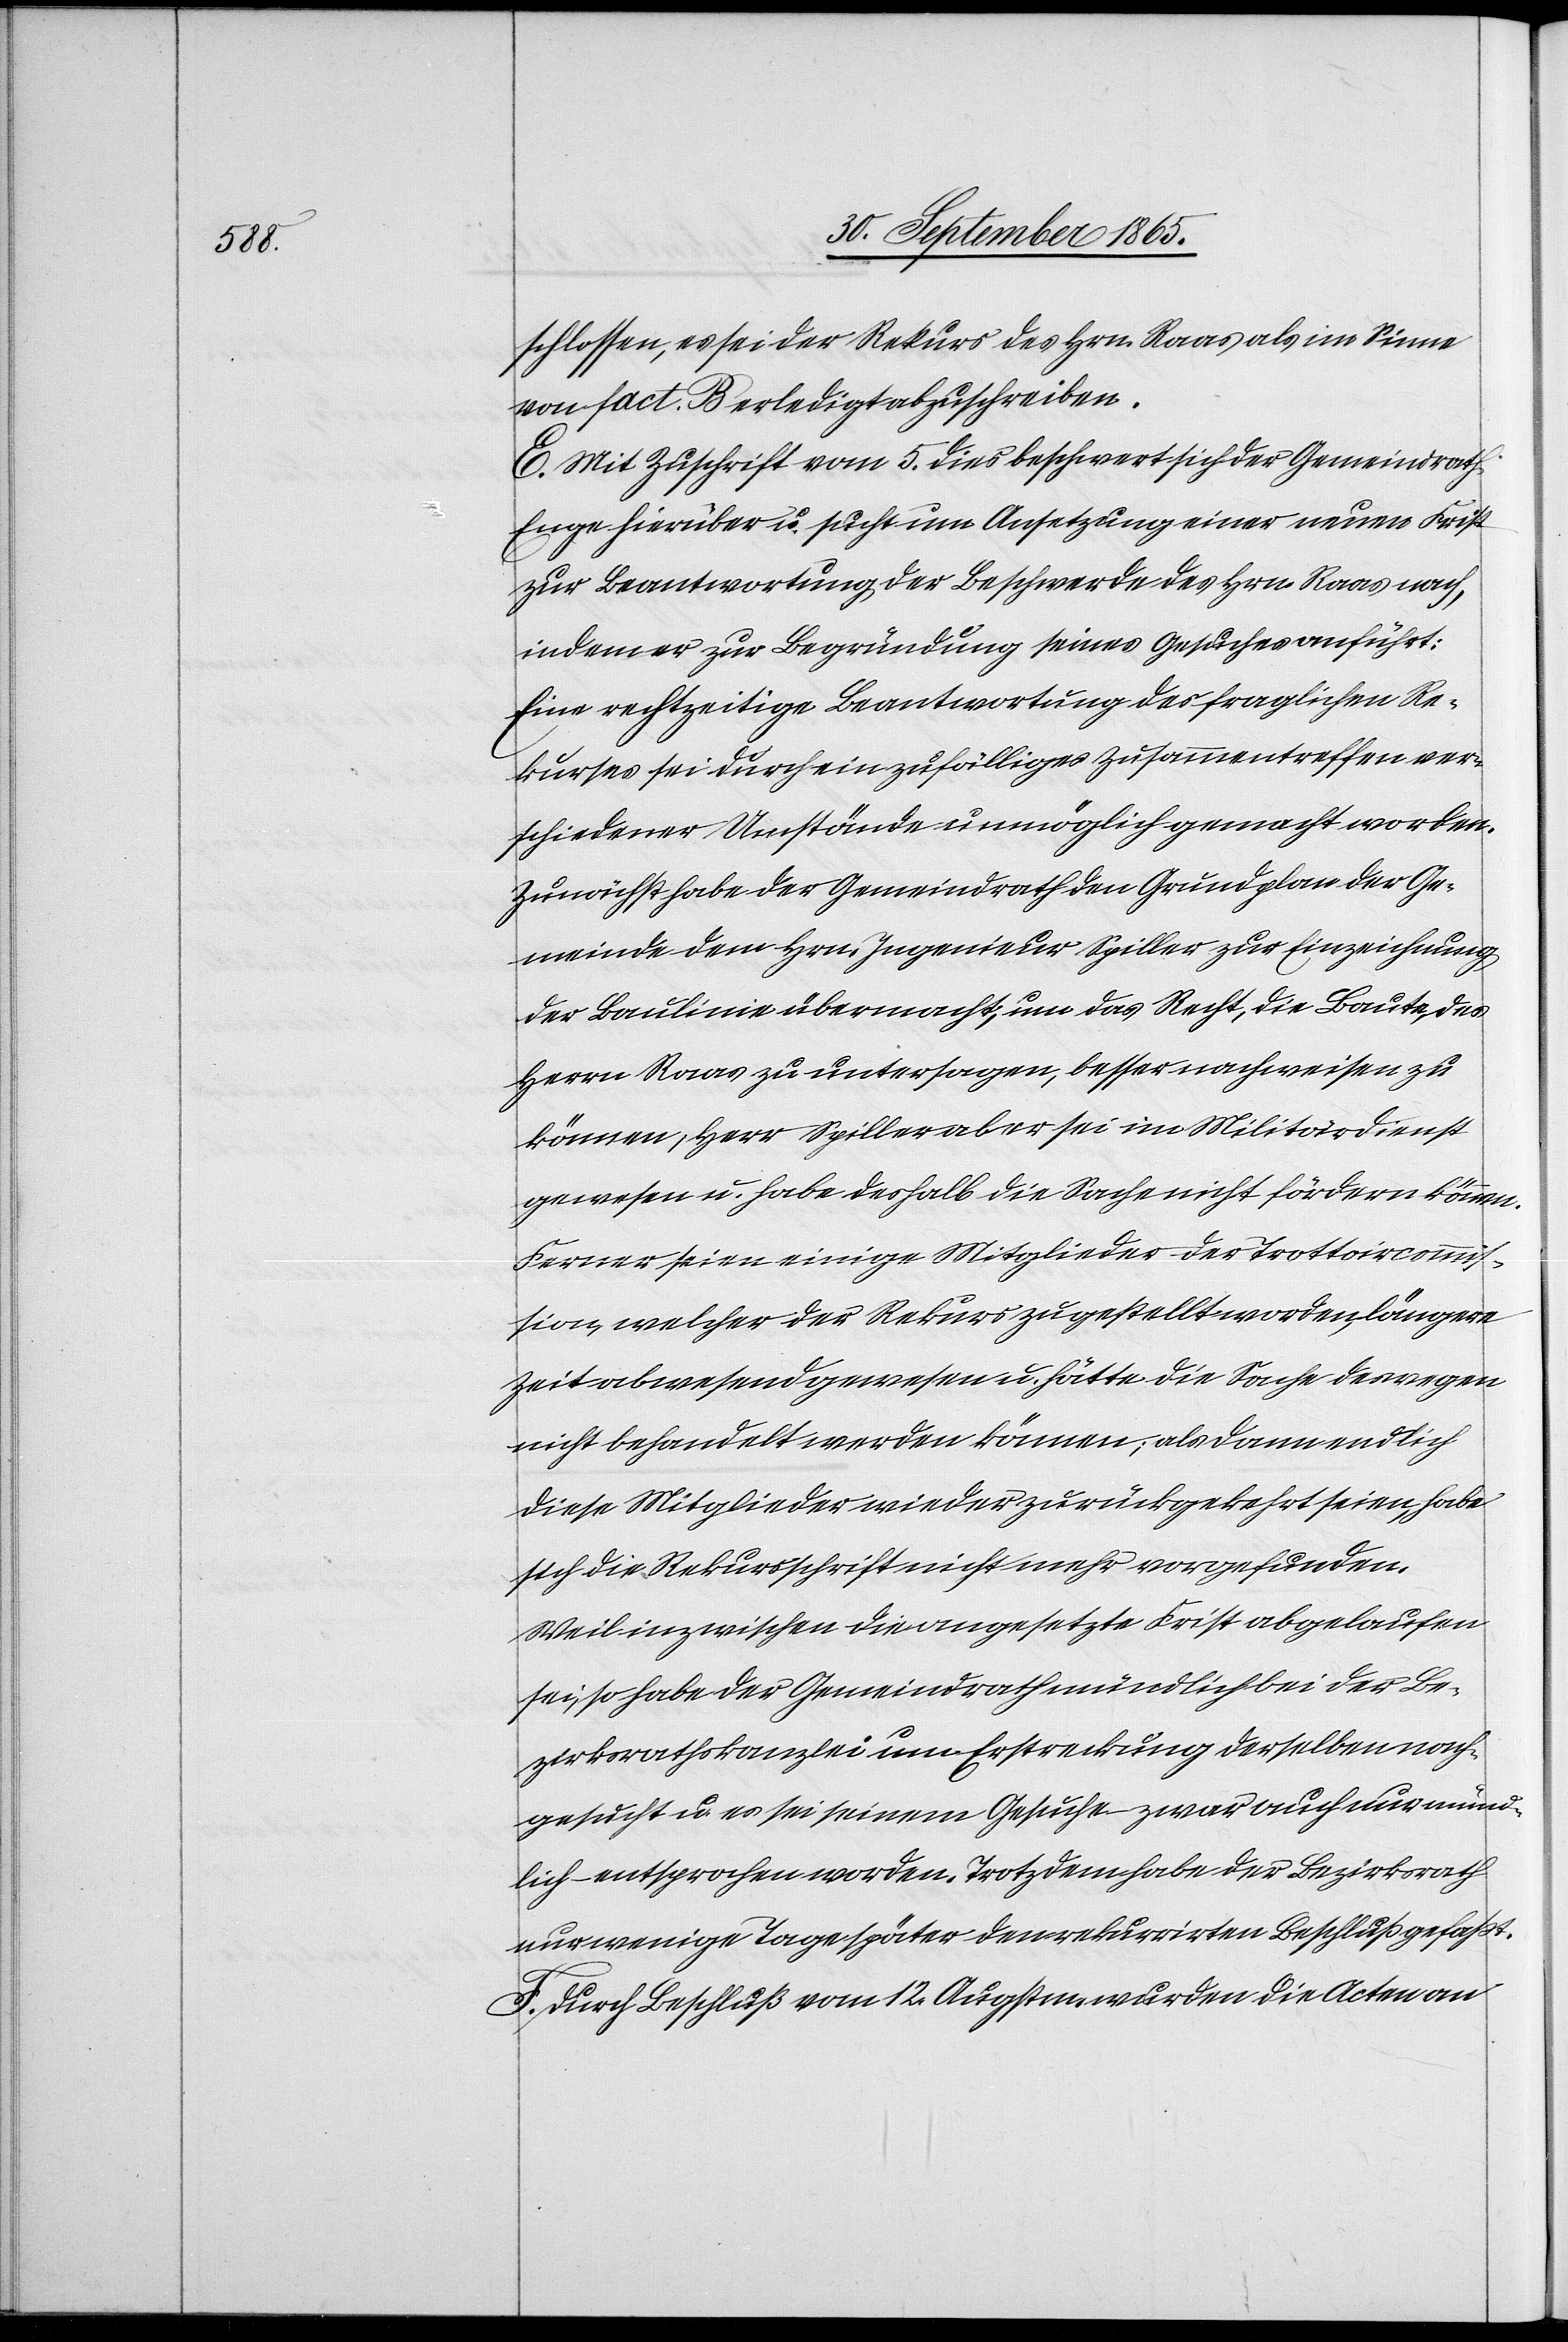
schlossen, es sei der Rekurs des Hrn. Raas als im Sinne
von fact. B erledigt abzuschreiben.
E. Mit Zuschrift vom 5. dies beschwert sich der Gemeindrath
Enge hierüber u. sucht um Ansetzung einer neuen Frist
zur Beantwortung der Beschwerde des Hrn. Raas nach,
indem er zur Begründung seines Gesuches anführt:
Eine rechtzeitige Beantwortung des fraglichen Re¬
kurses sei durch ein zufälliges Zusammentreffen ver¬
schiedener Umstände unmöglich gemacht worden.
Zunächst habe der Gemeindrath den Grundplan der Ge¬
meinde dem Hrn. Ingenieur Spiller zur Einzeichnung
der Baulinie übermacht, um das Recht, die Baute, des
Herrn Raas zu untersagen, besser nachweisen zu
können, Herr Spiller aber sei im Militärdienst
gewesen u. habe deshalb die Sache nicht fördern können.
Ferner seien einige Mitglieder der Trottoircommis¬
sion, welcher der Rekurs zugestellt worden, längere
Zeit abwesend gewesen u. hätte die Sache deswegen
nicht behandelt werden können; als dann endlich
diese Mitglieder wieder zurückgekehrt seien, habe
sich die Rekurssschrift nicht mehr vorgefunden.
Weil inzwischen die angesetzte Frist abgelaufen
sei, so habe der Gemeindrath mündlich bei der Be¬
zirksrathskanzlei um Erstreckung derselben nach¬
gesucht u. es sei seinem Gesuche zwar auch nur münd¬
lich entsprochen worden. Trotzdem habe der Bezirksrath
nur wenige Tage später den rekurrirten Beschluß gefaßt.
F. Durch Beschluß vom 12. Augstm. wurden die Acten an